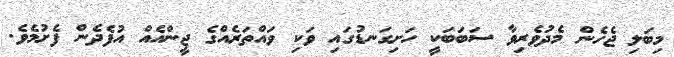
މިބަލި ޖެހެން މެދުވެރިވާ ސަބަބަކީ ހަށިގަނޑުގައި ވަކި ވައްތަރެއްގެ ޖީންއެއް އުފެދެން ފެށުމެވެ.